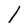
Character: I